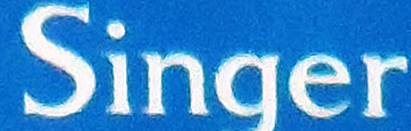
Singer